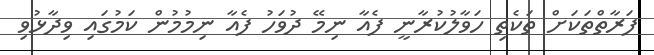
ފަރާތްތަކަށް ތަކެތި ހަވާލުކުރާނީ ފެއާ ނިމޭ ދުވަހު ފެއާ ނިމުމުން ކަމުގައި ވިދާޅުވި